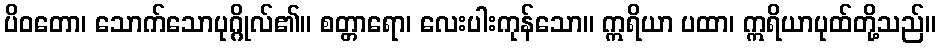
ပိဝတော၊ သောက်သောပုဂ္ဂိုလ်၏။ စတ္တာရော၊ လေးပါးကုန်သော။ ဣရိယာ ပထာ၊ ဣရိယာပုထ်တို့သည်။